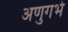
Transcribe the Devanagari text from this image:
अणुगर्भ